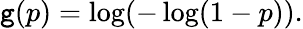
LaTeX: \mathtt{g}(p)=\log(-\log(1-p)).